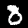
Digit: 8